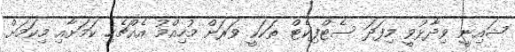
ޝައިނީ ވިދާޅުވީ މިފަދަ ސެޓްފިކެޓް ތަކަކީ ވަރަށް މުހިއްމު އެއްޗެހި ކަމަށާއި މިކަމަށް